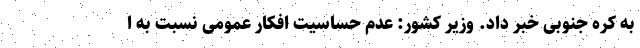
به کره جنوبی خبر داد. وزیر کشور: عدم حساسیت افکار عمومی نسبت به ا